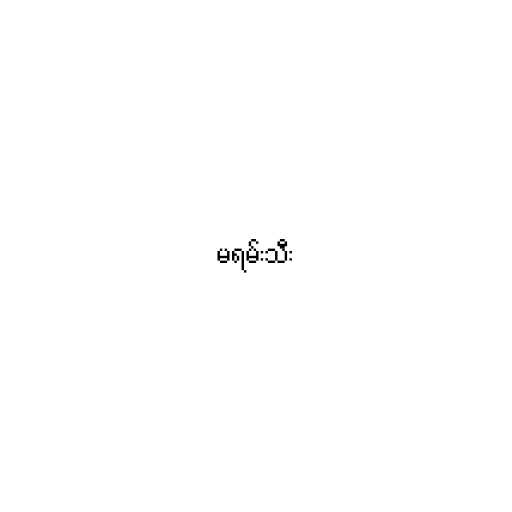
မရမ်းသီး